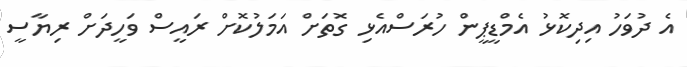
އެ ދުވަހު އިދިކޮޅު އެމްޑީޕީން ހުރަސްއެޅި ގޮތަށް އަމަލުކޮށް ރައީސް ވަހީދަށް ރިޔާސީ